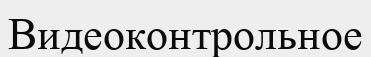
Видеоконтрольное